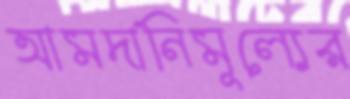
আমদানিমূল্যের